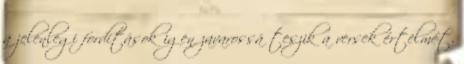
a jelenlegi fordítások igen zavarossá teszik a versek értelmét,